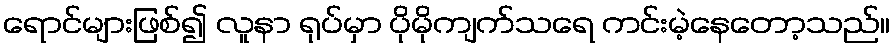
ရောင်များဖြစ်၍ လူနာ ရုပ်မှာ ပိုမိုကျက်သရေ ကင်းမဲ့နေတော့သည်။